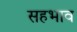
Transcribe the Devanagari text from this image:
सहभाव